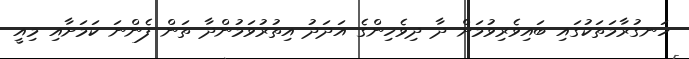
ހަނގުރާމަތަކުގައި ބައިވެރިވުމަށް ދާ ދިވެހިންގެ އަދަދު އިތުރުވަމުންދާ ތަން ފެންނަ ކަމަށާއި މިއީ